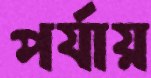
পর্যায়